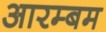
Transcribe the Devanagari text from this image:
आरम्बम